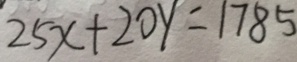
2 5 x + 2 0 y = 1 7 8 5